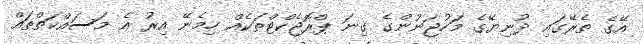
އޭގެ ތެރޭގައި ދުނިޔޭގެ މަހުޖަނުންގެ ގިނަ ޕްރޮޖެކްޓްތަކެއް ހިމެނޭ އިރު އެ މަސައްކަތްތައް